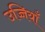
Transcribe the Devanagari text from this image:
उच्चियाँ